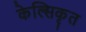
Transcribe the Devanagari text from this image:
केल्सिकृत